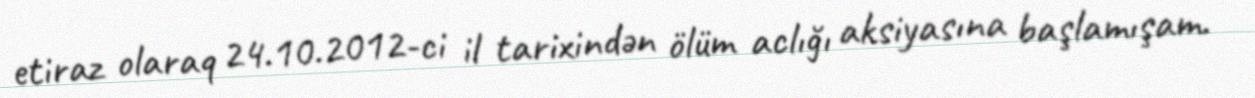
etiraz olaraq 24.10.2012-ci il tarixindən ölüm aclığı aksiyasına başlamışam.